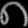
Digit: ၈